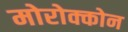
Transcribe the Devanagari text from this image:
मोरोक्कोन